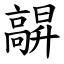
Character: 髜